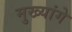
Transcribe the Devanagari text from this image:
मुख्यांगे